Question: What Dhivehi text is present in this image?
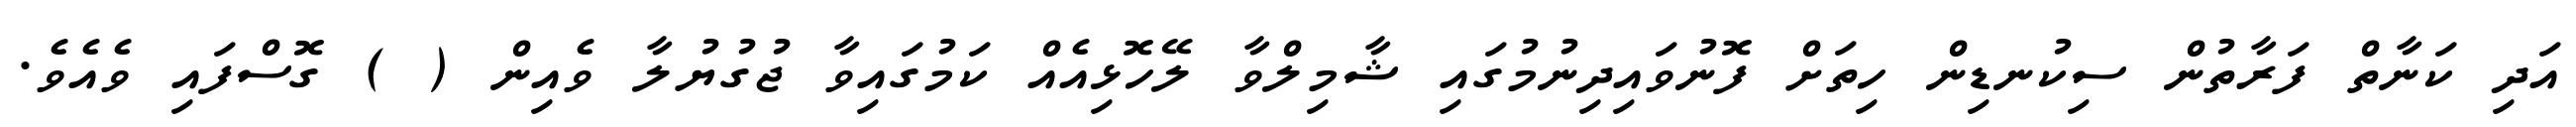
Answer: އަދި ކަނާތް ފަރާތުން ސިކުނޑިން ހިތަށް ފޮނުވައިދިނުމުގައި ޝާމިލްވާ ލޭހޮޅިއެއް ކަމުގައިވާ ޖުގުޔުލާ ވެއިން ( ) ގޮސްފައި ވެއެވެ.